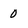
Character: 0